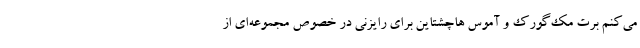
می‌کنم برت مک‌گورک و آموس هاچشتاین برای رایزنی در خصوص مجموعه‌ای از